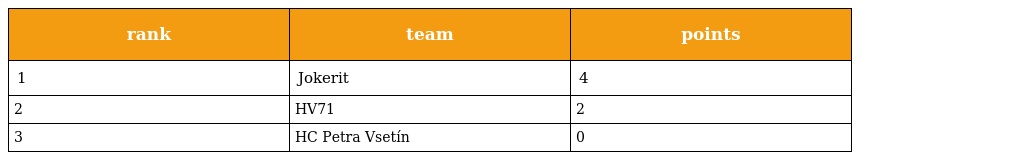
| rank | team | points |
 | --- | --- | --- |
 | 1 | Jokerit | 4 |
 | 2 | HV71 | 2 |
 | 3 | HC Petra Vsetín | 0 |